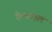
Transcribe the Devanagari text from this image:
ऐल्काहल